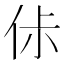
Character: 㑐